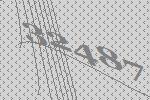
32487